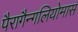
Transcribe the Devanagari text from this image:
पैरागैन्गलियोमास